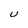
Character: U